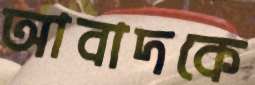
আবাদকে